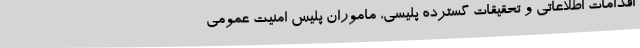
اقدامات اطلاعاتی و تحقیقات گسترده پلیسی، ماموران پلیس امنیت عمومی